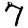
Digit: 7